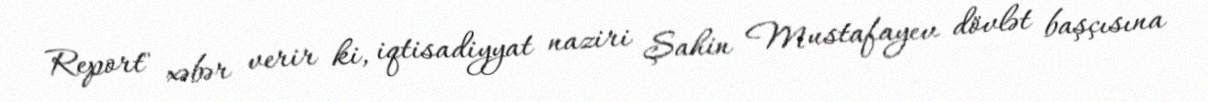
Report" xəbər verir ki, iqtisadiyyat naziri Şahin Mustafayev dövlət başçısına